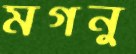
মগনু